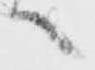
へ